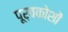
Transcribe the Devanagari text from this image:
पूर्वकोशों